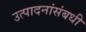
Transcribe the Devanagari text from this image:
उत्पादनांसंबधी